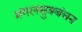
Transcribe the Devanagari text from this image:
मंगलसुत्रबंधन